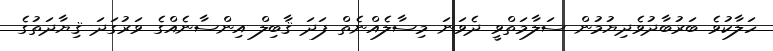
ހަލާކުވެ ބަރުބާދުވެދިޔުމުން ސަލާމަތްވީ ދެވަނަ މިސާލެއްނެތް ފަދަ ޤާބިލް އިންސާނެއްގެ ވަރުގަދަ ޤިޔާދަތުގެ